Annual report of the Civil Veterinary Department, Bengal, for the year 1897-98 - 1897-1898
Year: 1897
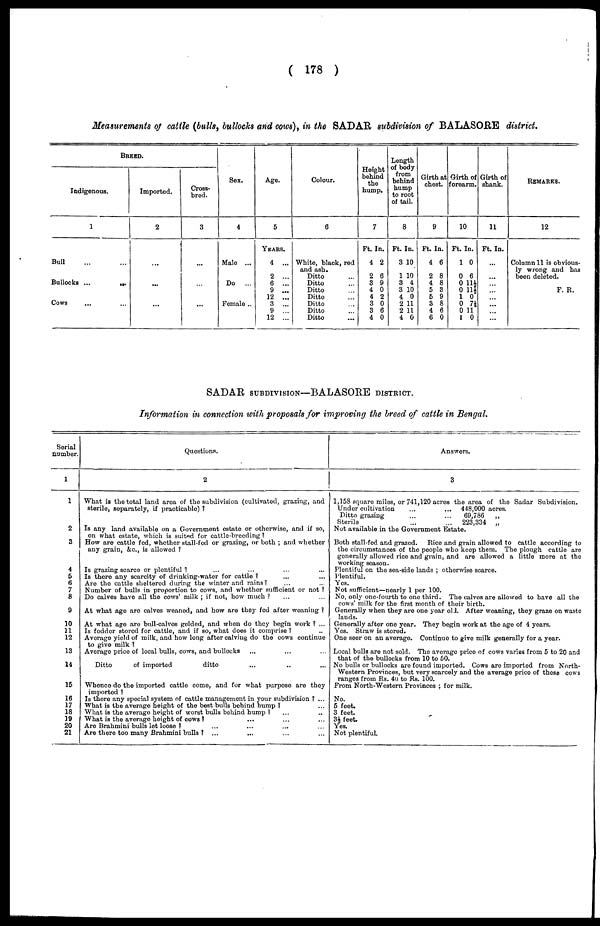
( 178 )
Measurements of cattle (bulls, bullocks and cows), in the SADAR. subdivision of BALASORE district.
BREED.
Indigenous.
1
Bull ... ...
Bullocks ...
...
Cows ... ...
Imported.
2
...
...
...
Cross-
bred.
3
...
...
...
Sex.
4
Male ...
Do
...
Female ...
Age.
5
Years.
4 ...
2 ...
6 ...
9 ...
12 ...
3 ...
9 ...
12 ...
Colour.
6
White, black, red
and ash.
Ditto
Ditto
Ditto
Ditto
Ditto
Ditto
Ditto
Height
behind
the
hump.
7
Ft. In.
4 2
2 6
3 9
4 0
4 2
3 0
3 6
4 0
Length
of body
from
behind
hump
to root
of tail.
8
Ft. In.
3 10
1 10
3 4
3 10
4 0
2 11
2 11
4 0
Girth at
chest.
9
Ft. In.
4 6
2 8
4 8
5 3
5 9
3 8
4 6
6 0
Girth of
forearm.
10
Ft. In.
1 0
0 6
0 114
0 11½
1 0
0 7½
0 11
1 0
Girth of
shank.
11
Ft. In.
...
...
...
...
... ...
...
...
REMARKS.
12
Column 11 is obvious-
ly wrong and has
been deleted.
F. R.
SADAR SUBDIVISION—BALASORE DISTRICT.
Information in connection with proposals for improving the breed of cattle in Bengal.
Serial
number.
1
1
2
3
4
5
6
7
8
9
10
11
12
13
14
15
16
17
18
19
20
21
Questions.
2
What is the total land area of the subdivision (cultivated, grazing, and
sterile, separately, if practicable) ?
Is any land available on a Government estate or otherwise, and if so,
on what estate, which is suited for cattle-breeding ?
How are cattle fed, whether stall-fed or grazing, or both ; and whether
any grain, &c., is allowed ?
Is grazing scarce or plentiful ? ... ... ... ... ... ...
Is there any scarcity of drinking-water for cattle 1
Are the cattle sheltered during the winter and rains? ... ... ... ...
Number of bulls in proportion to cows, and whether sufficient or not ?
Do calves have all the cows' milk ; if not, how much ? ... ... ...
At what age are calves weaned, and how are they fed after weaning ?
At what age are bull-calves gelded, and when do they begin work ? ...
Is fodder stored for cattle, and if so, what does it comprise ?
...
Average yield of milk, and how long after calving do the cows continue
to give milk ?
Average price of local bulls, cows, and bullocks
Ditto
of imported
ditto
Whence do the imported cattle come, and for what purpose are they
imported ?
Is there any special system of cattle management in your subdivision ? ...
What is the average height of the best bulls behind hump ? ...
What is the average height of worst bulls behind hump 1
What is the average height of cows ? ... ... ... ...
Are Brahmini bulls let loose ? ... ... ... ...
Are there too many Brahmini bulls ? ...
Answers.
3
1,158 square miles, or 741,120 acres the area of the Sadar Subdivision.
Under cultivation
...
...
448,000 acres.
Ditto grazing
...
...
69,786
„
Sterile
...
...
223,334
„
Not available in the Government Estate.
Both stall-fed and grazed.
Rice and grain allowed to cattle according to
the circumstances of the people who keep them. The plough cattle are
generally allowed rice and grain, and are allowed a little more at the
working season.
Plentiful on the sea-side lands ; otherwise scarce.
Plentiful.
Yes.
Not sufficient—nearly 1 per 100.
No, only one-fourth to one third. The calves are allowed to have all the
cows' milk for the first month of their birth.
Generally when they are one year old. After weaning, they graze on waste
lands.
Generally after one year. They begin work at the age of 4 years.
Yes. Straw is stored.
One seer on an average. Continue to give milk generally for a year.
Local bulls are not sold. The average price of cows varies from 5 to 20 and
that of the bullocks from 10 to 50.
No bulls or bullocks are found imported. Cows are imported from North-
western Provinces, but very scarcely and the average price of these cows
ranges from Rs. 40 to Rs. 100.
From North-Western Provinces ; for milk.
No.
5 feet.
3 feet.
3½ feet.
Yes.
Not plentiful.